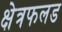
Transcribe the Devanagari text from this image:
क्षेत्रफलड